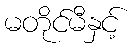
မတိုင်မီနှင့်